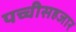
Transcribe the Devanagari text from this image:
पच्चीसहजार